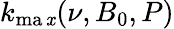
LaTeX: k_{\operatorname*{ma\mathit{x}}}(\nu,B_{0},P)